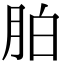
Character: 胉